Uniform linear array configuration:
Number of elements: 12
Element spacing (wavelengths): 0.5
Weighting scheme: exponential
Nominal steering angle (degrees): -60
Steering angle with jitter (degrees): -60.529
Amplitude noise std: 0.05
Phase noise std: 0.05

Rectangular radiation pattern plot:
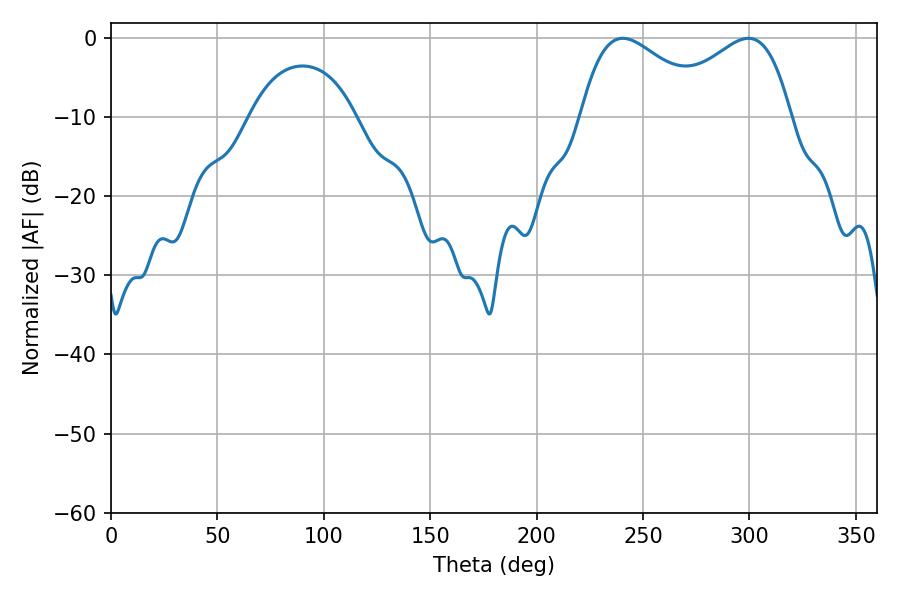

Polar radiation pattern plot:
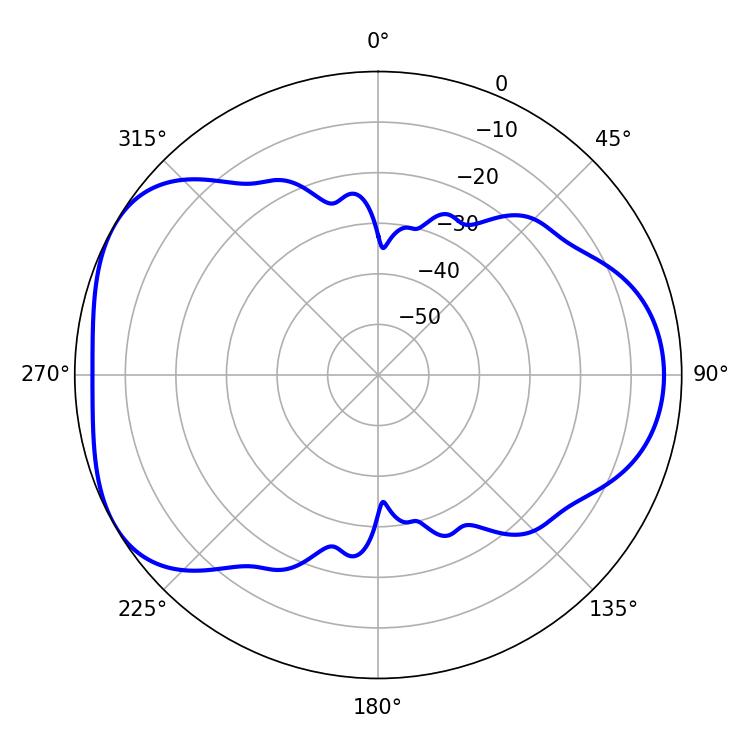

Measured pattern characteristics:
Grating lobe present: FALSE
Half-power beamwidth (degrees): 33.3
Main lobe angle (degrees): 299.52